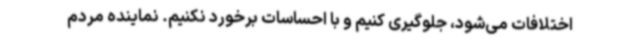
اختلافات می‌شود، جلوگیری کنیم و با احساسات برخورد نکنیم. نماینده مردم